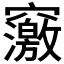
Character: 𥨿